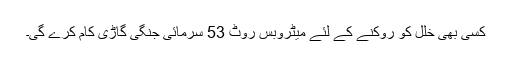
کسی بھی خلل کو روکنے کے لئے میٹروبس روٹ 53 سرمائی جنگی گاڑی کام کرے گی۔